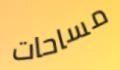
مساحات